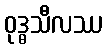
ဝုဒ္ဓသီလဿ